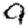
Digit: 9